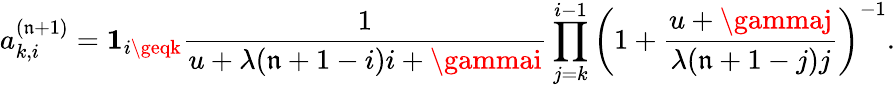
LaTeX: a_{k,i}^{(\mathfrak{n}+1)}=\mathbf{{1}}_{i\geqk}\frac{{1}}{{u+\lambda(\mathfrak{n}+1-i)i+\gammai}}\prod_{j=k}^{i-1}\left(1+\frac{{u+\gammaj}}{{\lambda(\mathfrak{n}+1-j)j}}\right)^{-1}.